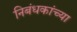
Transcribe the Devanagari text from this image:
निबंधकांच्या